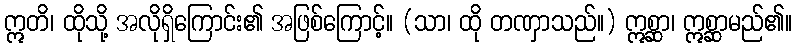
ဣတိ၊ ထိုသို့ အလိုရှိကြောင်း၏ အဖြစ်ကြောင့်။ (သာ၊ ထို တဏှာသည်။) ဣစ္ဆာ၊ ဣစ္ဆာမည်၏။